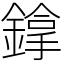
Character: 鎿